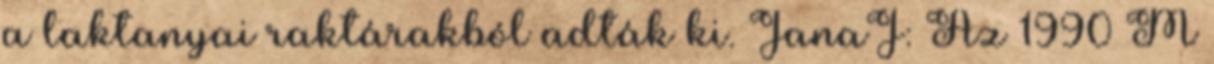
a laktanyai raktárakból adták ki. JanaJ: Az 1990 M